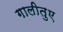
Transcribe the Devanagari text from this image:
गालीतुए